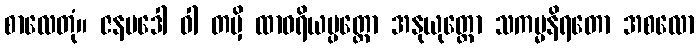
စာလေတုံ။ ဇနပဒေါ ဝါ တမှိ ထာဝရိယပ္ပတ္တော အနုယုတ္တော သကမ္မနိရတော အစလော